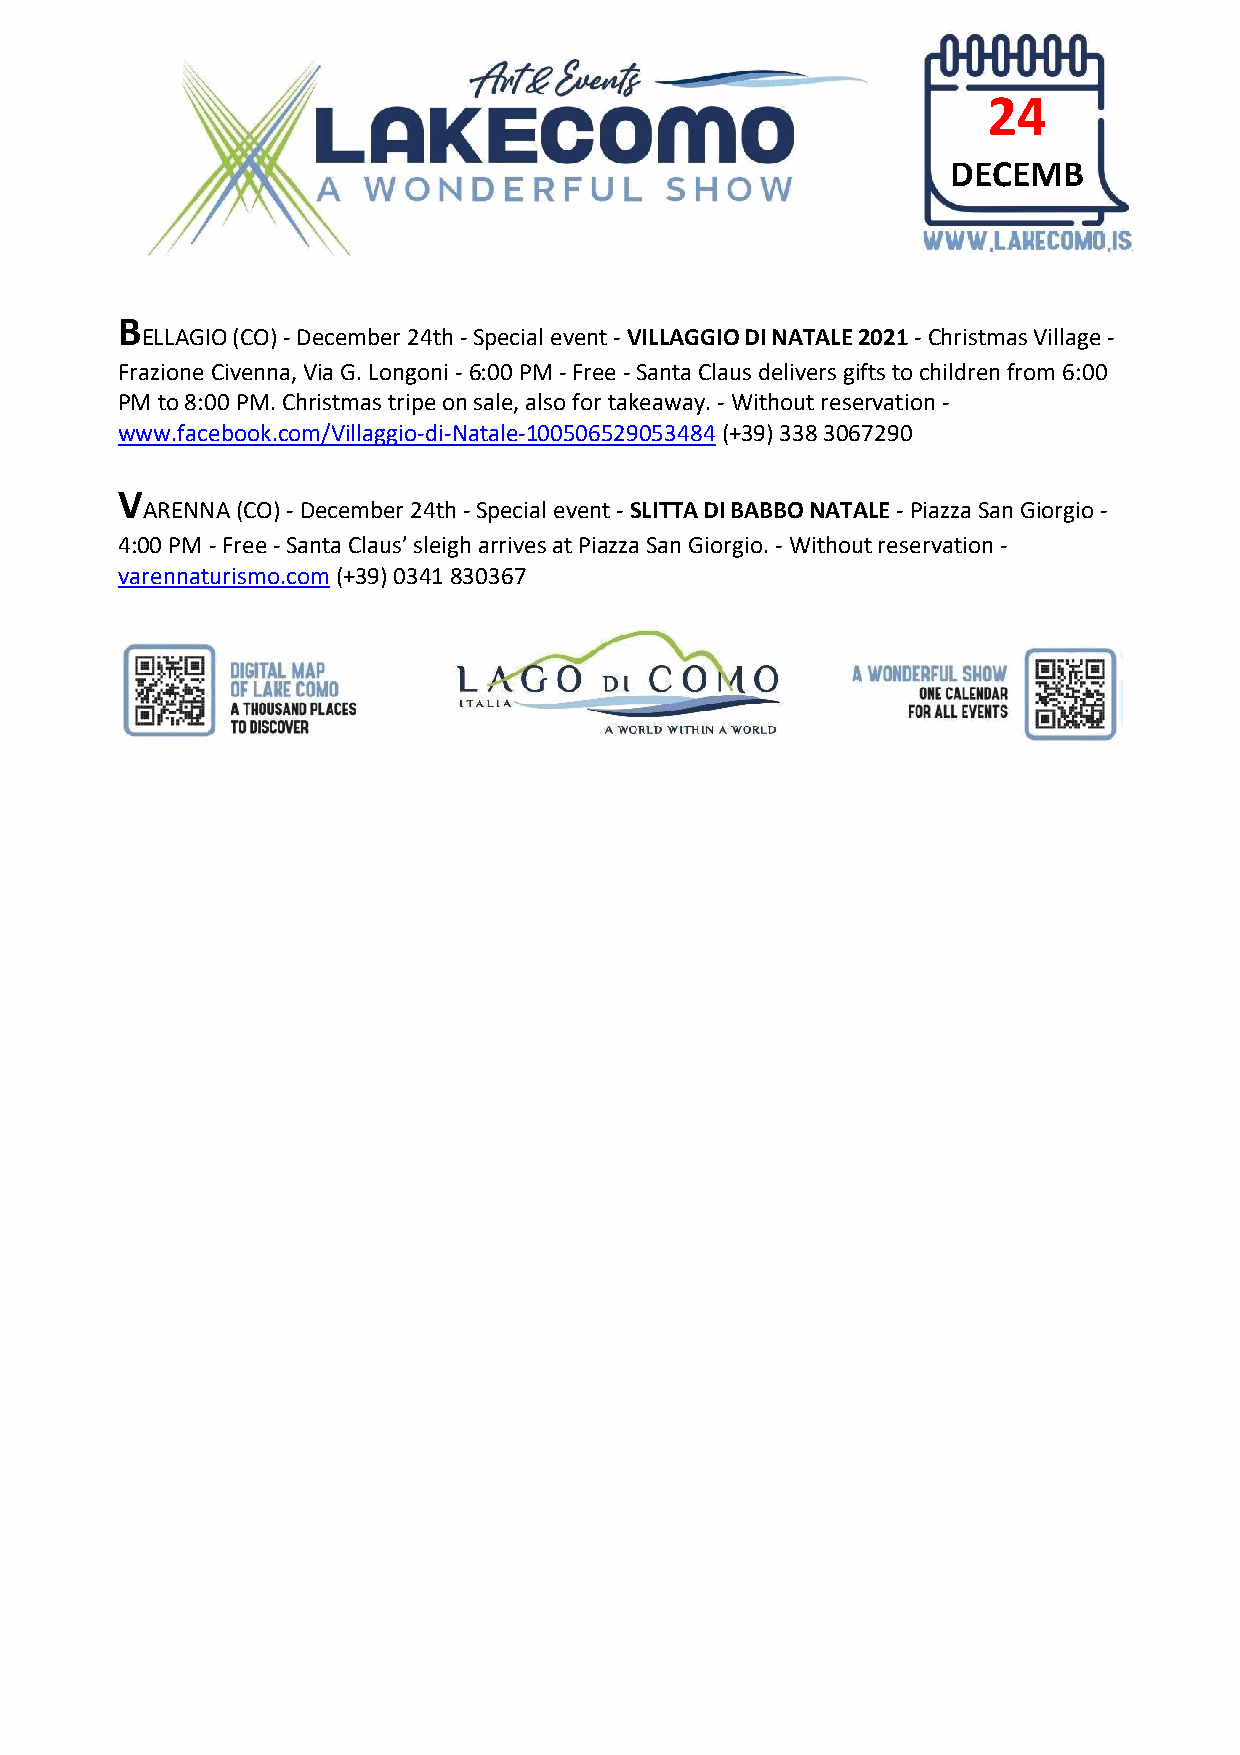
24
 DECEMB
 ER
 B
 ELLAGIO (CO) - December 24th - Special event - VILLAGGIO DI NATALE 2021 - Christmas Village -
 Frazione Civenna, Via G. Longoni - 6:00 PM - Free - Santa Claus delivers gifts to children from 6:00
 PM to 8:00 PM. Christmas tripe on sale, also for takeaway. - Without reservation -
 www.facebook.com/Villaggio-di-Natale-100506529053484 (+39) 338 3067290
 V
 ARENNA (CO) - December 24th - Special event - SLITTA DI BABBO NATALE - Piazza San Giorgio -
 4:00 PM - Free - Santa Claus’ sleigh arrives at Piazza San Giorgio. - Without reservation -
 varennaturismo.com (+39) 0341 830367